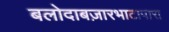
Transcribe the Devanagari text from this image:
बलोदाबज़ारभाटापारा